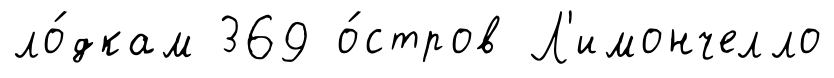
ло́дкам 369 о́стров Л'имончелло